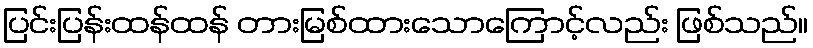
ပြင်းပြန်းထန်ထန် တားမြစ်ထားသောကြောင့်လည်း ဖြစ်သည်။